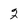
Character: 2